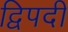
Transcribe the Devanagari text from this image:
द्विपदीं